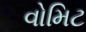
વોમિટ